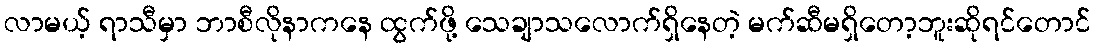
လာမယ့် ရာသီမှာ ဘာစီလိုနာကနေ ထွက်ဖို့ သေချာသလောက်ရှိနေတဲ့ မက်ဆီမရှိတော့ဘူးဆိုရင်တောင်